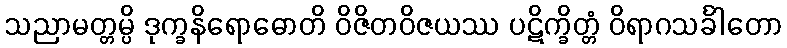
သညာမတ္တမ္ပိ ဒုက္ခနိရောဓောတိ ဝိဇိတဝိဇယဿ ပဋိက္ခိတ္တံ ဝိရာဂသင်္ခါတော